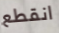
انقطع